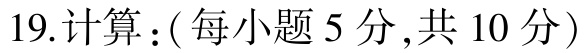
19.计算：(每小题5分,共10分)